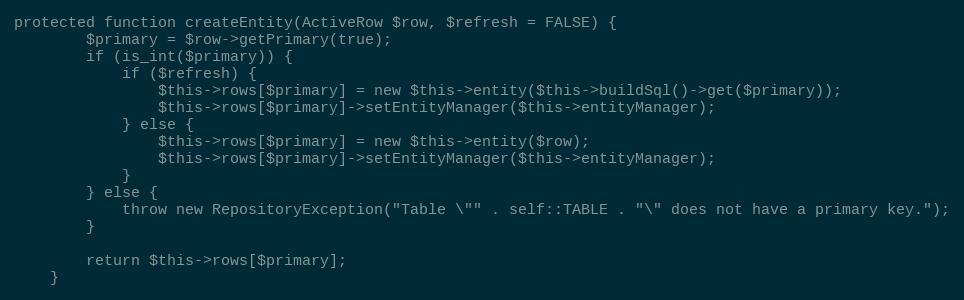
Language: PHP
protected function createEntity(ActiveRow $row, $refresh = FALSE) {
		$primary = $row->getPrimary(true);
		if (is_int($primary)) {
			if ($refresh) {
				$this->rows[$primary] = new $this->entity($this->buildSql()->get($primary));
				$this->rows[$primary]->setEntityManager($this->entityManager);
			} else {
				$this->rows[$primary] = new $this->entity($row);
				$this->rows[$primary]->setEntityManager($this->entityManager);
			}
		} else {
			throw new RepositoryException("Table \"" . self::TABLE . "\" does not have a primary key.");
		}

		return $this->rows[$primary];
	}